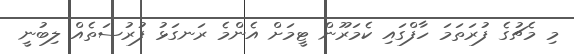
މި މެޗުގެ ފުރަތަމަ ހާފްގައި ކެމަރޫން ޓީމަށް އެންމެ ރަނގަޅު ފުރުސަތެއް ލިބުނީ